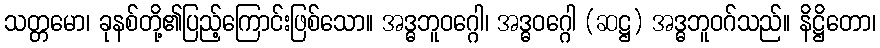
သတ္တမော၊ ခုနစ်တို့၏ပြည့်ကြောင်းဖြစ်သော။ အဒ္ဓဘူဝဂ္ဂေါ၊ အဒ္ဓဝဂ္ဂေါ (ဆဋ္ဌ) အဒ္ဓဘူဝဂ်သည်။ နိဋ္ဌိတော၊